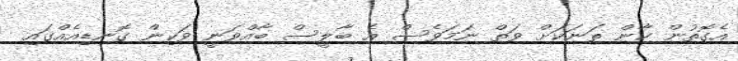
އެގޮތުން ކާން ތަނަކަށް ވަތް ނަމަވެސް އެ ބާލީސް ބާއްވަނީ ވަކިން ގޮނޑިއެއްގައި